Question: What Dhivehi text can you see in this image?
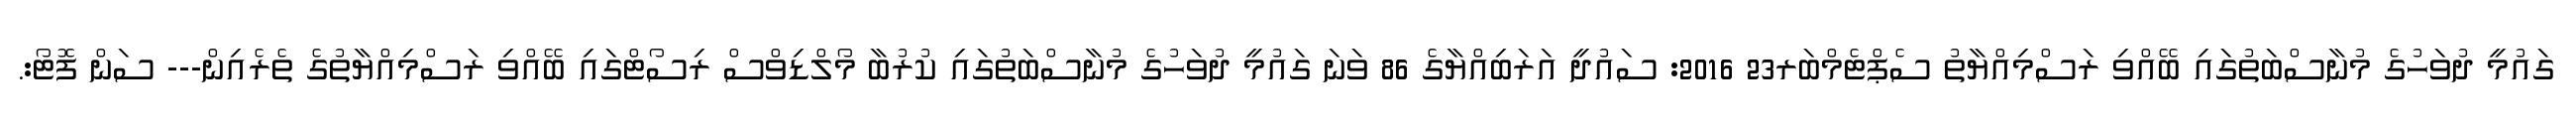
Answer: ގައުމީ ދުވަހުގެ މުނާސްބަތުގައި ބޭއްވި ރަސްމިއްޔާތު ސެޕްޓެމްބަރ23 2016: ސައުދީ އަރަބިއްޔާގެ 86 ވަނަ ގައުމީ ދުވަހުގެ މުނާސްބަތުގައި ކުރުބާ މޯލްޑިވްސް ރިސޯޓްގައި ބޭއްވި ރަސްމިއްޔާތުގެ ތެރެއިން--- ސަން ފޮޓޯ:.